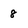
Character: 8